Lunatic asylums Madras 1892-1911 - 1892-1911
Year: 1892
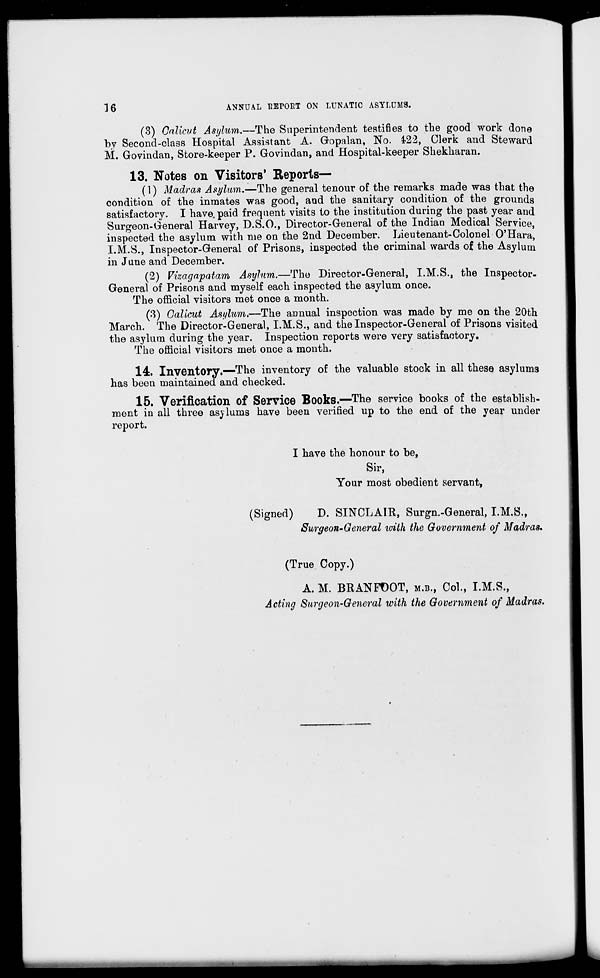
16
ANNUAL REPORT ON LUNATIC ASYLUMS.
(3) Calicut Asylum.—The Superintendent testifies to the good work done
by Second-class Hospital Assistant A. Gopalan, No. 422, Clerk and Steward
M. Govindan, Store-keeper P. Govindan, and Hospital-keeper Shekharan.
13. Notes on Visitors' Reports—
(1) Madras Asylum.—The general tenour of the remarks made was that the
condition of the inmates was good, and the sanitary condition of the grounds
satisfactory. I have, paid frequent visits to the institution during the past year and
Surgeon-General Harvey, D.S.O., Director-General of the Indian Medical Service,
inspected the asylum with me on the 2nd December. Lieu tenant-Colonel O'Hara,
I.M.S., Inspector-General of Prisons, inspected the criminal wards of the Asylum
in June and December.
(2) Vizagapatam Asylum.—The Director-General, I.M.S., the Inspector-
General of Prisons and myself each inspected the asylum once.
The official visitors met once a month.
(3) Calicut Asylum.—The annual inspection was made by me on the 20th
March. The Director-General, I.M.S., and the Inspector-General of Prisons visited
the asylum during the year. Inspection reports were very satisfactory.
The official visitors met once a month.
14. Inventory.—The inventory of the valuable stock in all these asylums
has been maintained and checked.
15. Verification of Service Books.—The service books of the establish-
ment in all three asylums have been verified up to the end of the year under
report.
I have the honour to be,
Sir,
Your most obedient servant,
(Signed)
D. SINCLAIR, Surgn.-General, I.M.S.,
Surgeon-General with the Government of Madras.
(True Copy.)
A. M. BRANFOOT, M.B., Col., I.M.S.,
Acting Surgeon-General with the Government of Madras.